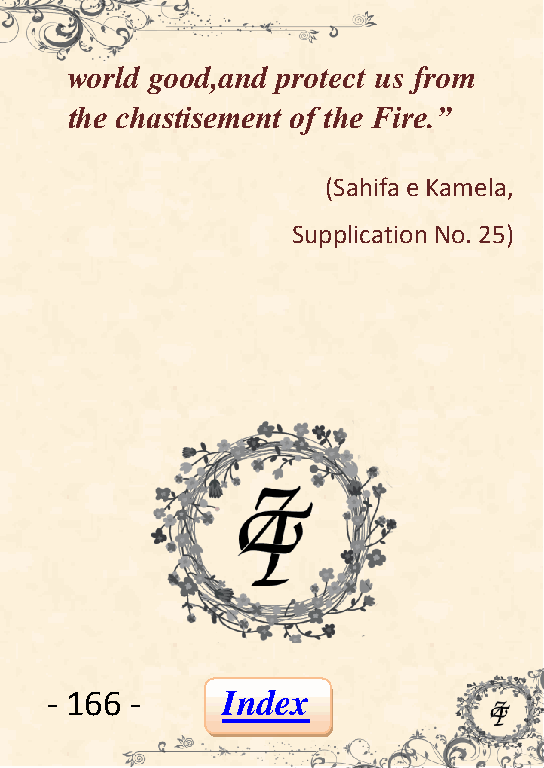
world good,and protect us from
 the chastisement of the Fire.”
 (Sahifa e Kamela,
 Supplication No. 25)
 - 166 -     Index